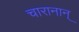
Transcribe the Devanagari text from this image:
चारानान्